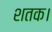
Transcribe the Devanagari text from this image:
शतक।